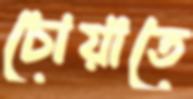
চোয়াতে